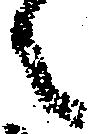
之